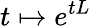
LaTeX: t\mapsto e^{tL}